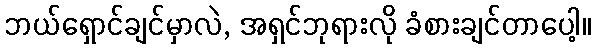
ဘယ်ရှောင်ချင်မှာလဲ, အရှင်ဘုရားလို ခံစားချင်တာပေါ့။